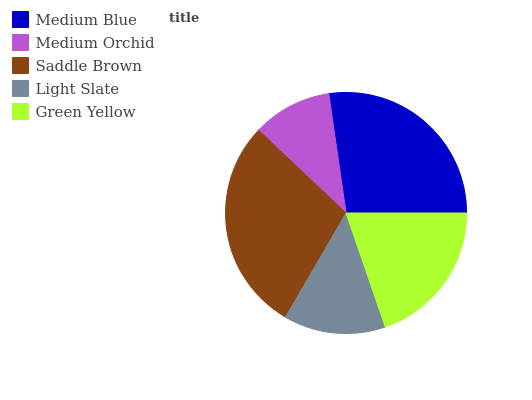
| Medium Blue | Medium Orchid | Saddle Brown | Light Slate | Green Yellow |
 | --- | --- | --- | --- | --- |
 | 27.2% | 10.7% | 28.7% | 13.7% | 19.8% |